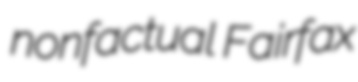
nonfactual Fairfax